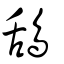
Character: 鴰